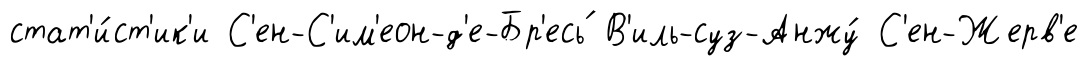
стат'и́ст'ик'и С'ен-С'им'еон-д'е-Бр'есь́ В'иль-суз-Анжу́ С'ен-Жерв'е